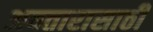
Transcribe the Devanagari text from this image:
अवतारासाठी